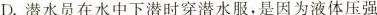
D.潜水员在水中下潜时穿潜水服，是因为液体压强